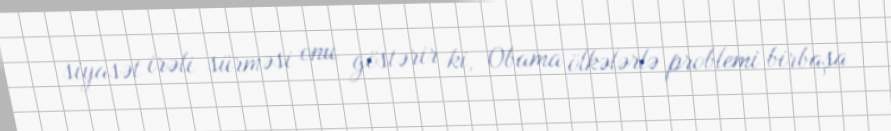
siyasət irəli sürməsi onu göstərir ki, Obama ölkələrlə problemi birbaşa